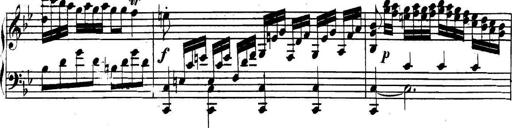
Title: Collected Piano Sonatas
Composer: Muzio Clementi